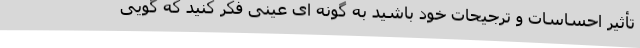
تأثیر احساسات و ترجیحات خود باشید به گونه ای عینی فکر کنید که گویی